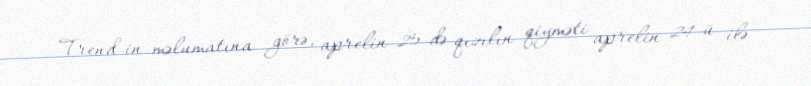
Trend-in məlumatına görə, aprelin 25-də qızılın qiyməti aprelin 24-ü ilə